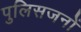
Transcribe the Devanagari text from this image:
पुलिसजनों